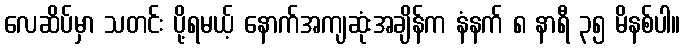
လေဆိပ်မှာ သတင်း ပို့ရမယ့် နောက်အကျဆုံးအချိန်က နံနက် ၈ နာရီ ၃၅ မိနစ်ပါ။